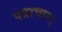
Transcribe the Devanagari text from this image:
पत्राचार।